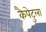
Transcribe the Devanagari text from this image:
कैपेटुला